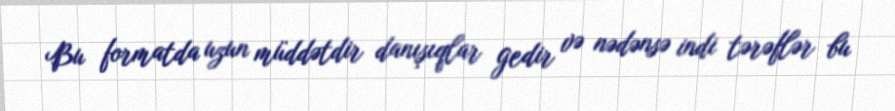
Bu formatda uzun müddətdir danışıqlar gedir və nədənsə indi tərəflər bu